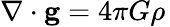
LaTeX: \nabla\cdot\mathbf{g}=4\pi G\rho\,